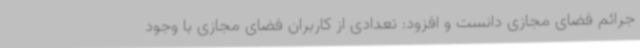
جرائم فضای مجازی دانست و افزود: تعدادی از کاربران فضای مجازی با وجود